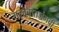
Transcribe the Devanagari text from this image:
सलाबातजंगची